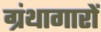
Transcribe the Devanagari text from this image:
ग्रंथागारों